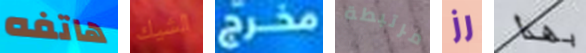
هاتفه الشيك مخرج مرتبطة رز بهذا